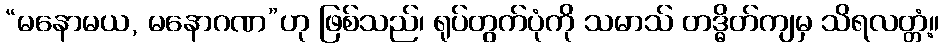
“မနောမယ, မနောဂဏ”ဟု ဖြစ်သည်၊ ရုပ်တွက်ပုံကို သမာသ် တဒ္ဓိတ်ကျမှ သိရလတ္တံ့။